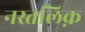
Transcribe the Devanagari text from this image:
नस्तलिक़